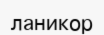
ланикор